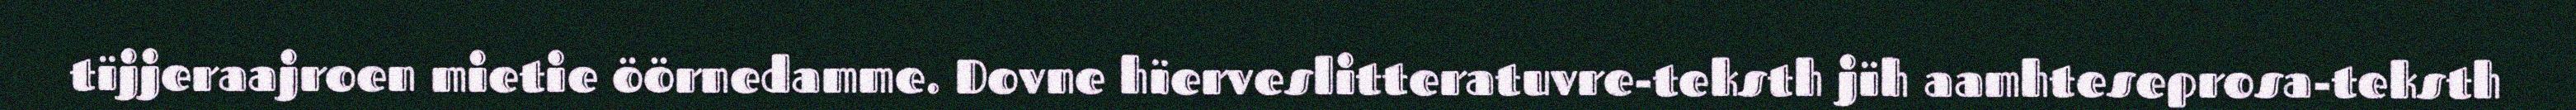
tïjjeraajroen mietie öörnedamme. Dovne hïerveslitteratuvre-teksth jïh aamhteseprosa-teksth